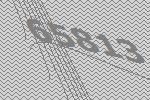
65813